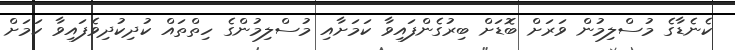
ކެނެޑާގެ މުސްލިމުން ވަރަށް ބޮޑަށް ބިރުގެންފައިވާ ކަމަށާއި މުސްލިމުންގެ ހިތްތައް ކުދިކުދިވެފައިވާ ކަމަށް